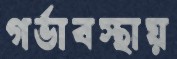
গর্ভাবস্থায়